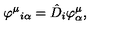
\varphi ^ { \mu } { } _ { i \alpha } = \hat { D } _ { i } \varphi _ { \alpha } ^ { \mu } ,